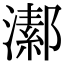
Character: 𤀝